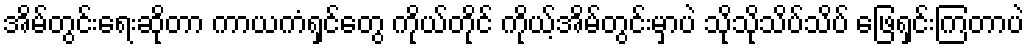
အိမ်တွင်းရေးဆိုတာ ကာယကံရှင်တွေ ကိုယ်တိုင် ကိုယ့်အိမ်တွင်းမှာပဲ သိုသိုသိပ်သိပ် ဖြေရှင်းကြတာပဲ